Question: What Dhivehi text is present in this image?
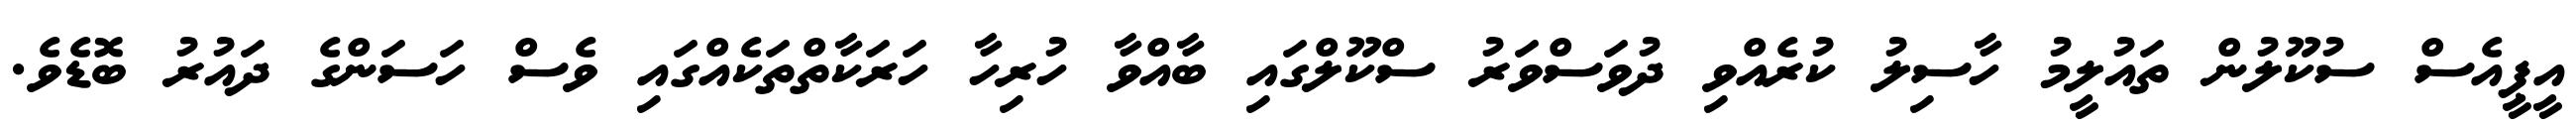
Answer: އީޕީއެސް ސުކޫލުން ތައުލީމު ހާސިލު ކުރެއްވި ދުވަސްވަރު ސްކޫލްގައި ބާއްވާ ހުރިހާ ހަރަކާތްތަކެއްގައި ވެސް ހަސަންގެ ދައުރު ބޮޑެވެ.